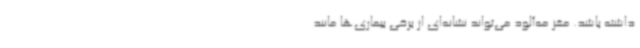
داشته باشد. مغز مه‌آلود می‌تواند نشانه‌ای از برخی بیماری‌ها مانند